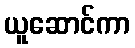
ယူဆောင်ကာ